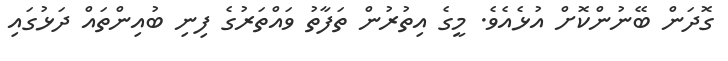
ގޮދަން ބޭނުންކޮށް އުޅެއެވެ. މީގެ އިތުރުން ތަފާތު ވައްތަރުގެ ފިނި ބުއިންތައް ދަޅުގައި